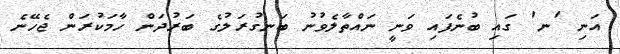
އަނި 'ނ' ގައި ބުނެފައި ވަނީ ނައްތާލެވުނު ބަނގުރަލުގެ ބަރުދަން ހާމަކުރަން ޖެހޭނެ